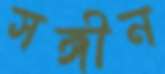
সঙ্গীন